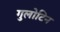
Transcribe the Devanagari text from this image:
गुलोटिन